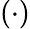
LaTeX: \left(\cdot\right)